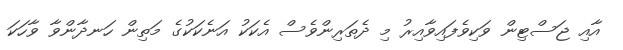
އާއި ޖަސްޓިން ވަކިވެފައިވާއިރު މި ދެތަރިންވެސް އެކަކު އަނެކަކުގެ މަތިން ހަނދާންވާ ވާހަކަ